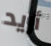
أريد